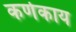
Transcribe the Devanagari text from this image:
कर्णकाय